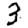
Digit: 3